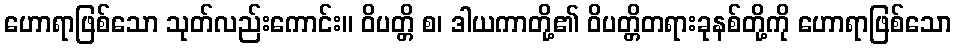
ဟောရာဖြစ်သော သုတ်လည်းကောင်း။ ဝိပတ္တိ စ၊ ဒါယကာတို့၏ ဝိပတ္တိတရားခုနစ်တို့ကို ဟောရာဖြစ်သော